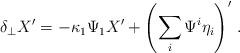
LaTeX: \begin{align*}\delta_\perp X' =- \kappa_1 \Psi_1 X' + \left(\sum_i \Psi^i \eta_i \right)'\,.\end{align*}